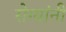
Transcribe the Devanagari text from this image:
रोग्यांनी